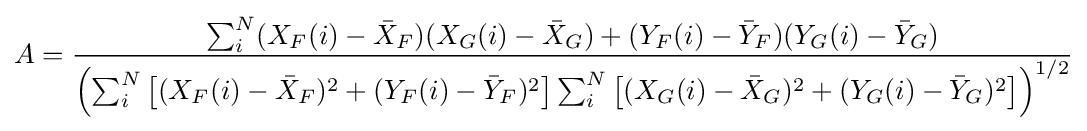
A={\frac {\sum _{i}^{N}(X_{F}(i)-{\bar {X}}_{F})(X_{G}(i)-{\bar {X}}_{G})+(Y_{F}(i)-{\bar {Y}}_{F})(Y_{G}(i)-{\bar {Y}}_{G})}{\left(\sum _{i}^{N}\left[(X_{F}(i)-{\bar {X}}_{F})^{2}+(Y_{F}(i)-{\bar {Y}}_{F})^{2}\right]\sum _{i}^{N}\left[(X_{G}(i)-{\bar {X}}_{G})^{2}+(Y_{G}(i)-{\bar {Y}}_{G})^{2}\right]\right)^{1/2}}}